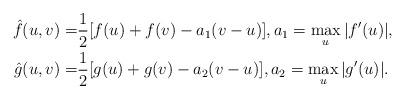
LaTeX: \begin{align*}\hat{f}(u,v)=&\frac{1}{2}[f(u)+f(v)-a_1(v-u)],a_1=\max_u|f'(u)|,\\\hat{g}(u,v)=&\frac{1}{2}[g(u)+g(v)-a_2(v-u)],a_2=\max_u|g'(u)|.\end{align*}